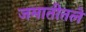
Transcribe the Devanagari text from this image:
जमातीतले